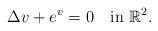
LaTeX: \begin{align*}\Delta v+ e^{v}=0\quad\textrm{in}\ \mathbb{R}^2.\end{align*}